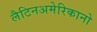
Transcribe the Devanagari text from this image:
लैटिनअमेरिकानो